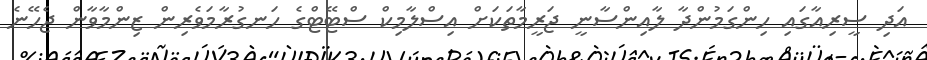
އަދި ސީރިއާގައި ހިންގަމުންދާ ލާއިންސާނީ ޖަރީމާތަކަށް އިސްލާމިކް ސްޓޭޓްގެ ހަނގުރާމަވެރިން ޒިންމާވާން ޖެހޭނެ